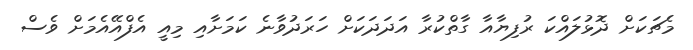
މެޗަކަށް ދޮޅުލައްކަ ރުފިޔާއާ ގާތްކުރާ އަދަދަކަށް ހަރަދުވާނެ ކަމަށާއި މިއީ އެފްއޭއެމަށް ވެސް